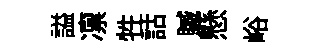
謚凛牲詁贓懸峪